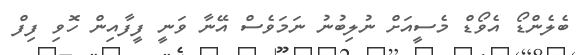
ބެލެންޑޯ އެވޯޑް މެސީއަށް ނުލިބުނު ނަމަވެސް އޭނާ ވަނީ ފީފާއިން ހޮވި ފިފް